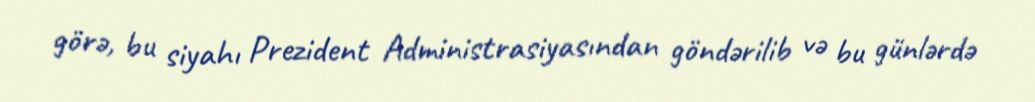
görə, bu siyahı Prezident Administrasiyasından göndərilib və bu günlərdə